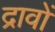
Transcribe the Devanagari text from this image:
द्रावों